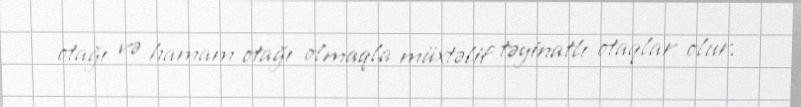
otağı və hamam otağı olmaqla müxtəlif təyinatlı otaqlar olur.